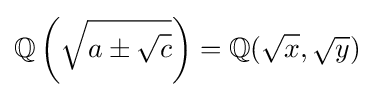
\mathbb {Q} \left({\sqrt {a\pm {\sqrt {c}}}}\right)=\mathbb {Q} ({\sqrt {x}},{\sqrt {y}})